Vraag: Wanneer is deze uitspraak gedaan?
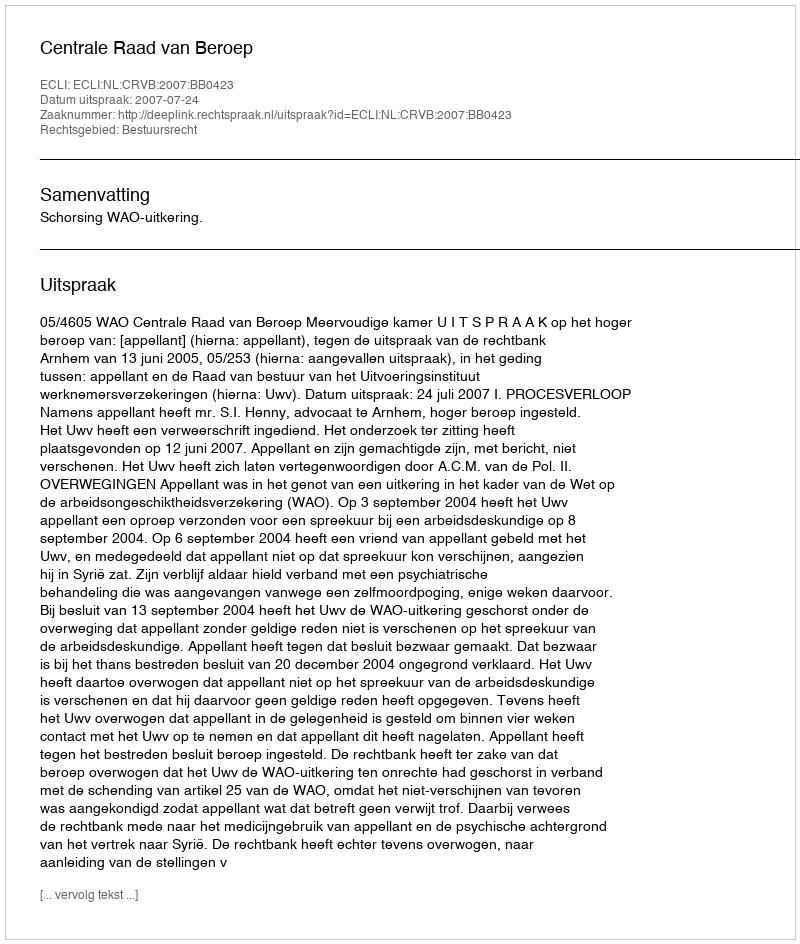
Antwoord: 2007-07-24